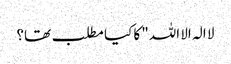
لا الہ الا اللہ" کا کیا مطلب تھا؟